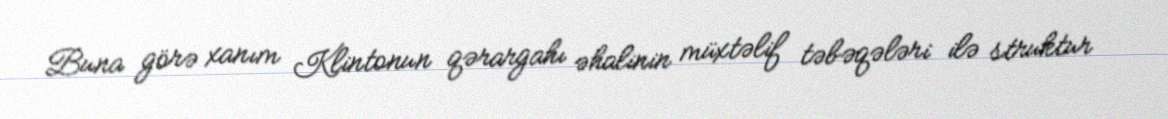
Buna görə xanım Klintonun qərargahı əhalinin müxtəlif təbəqələri ilə struktur